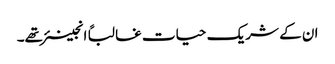
ان کے شریک حیات غالباً انجینئر تھے۔